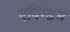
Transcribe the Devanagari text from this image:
एबिंग्डन